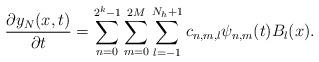
LaTeX: \begin{align*}\frac{\partial y_{N}(x,t)}{\partial t}=\sum_{n=0}^{2^k-1}\sum_{m=0}^{2M}\sum_{l=-1}^{N_h+1}c_{n,m,l}\psi_{n,m}(t)B_l(x).\end{align*}